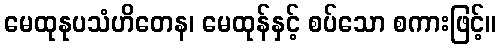
မေထုနုပသံဟိတေန၊ မေထုန်နှင့် စပ်သော စကားဖြင့်။